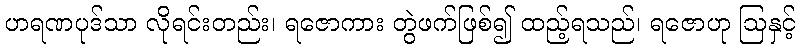
ဟရဏပုဒ်သာ လိုရင်းတည်း၊ ရဇောကား တွဲဖက်ဖြစ်၍ ထည့်ရသည်၊ ရဇောဟု ဩနှင့်